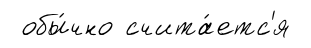
обы́чно счита́етс'я